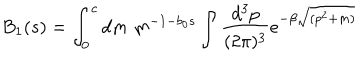
B _ { 1 } ( s ) = \int _ { 0 } ^ { c } d m \; m ^ { - 1 - b _ { 0 } s } \int \frac { d ^ { 3 } p } { ( 2 \pi ) ^ { 3 } } e ^ { - \beta \sqrt { ( p ^ { 2 } + m ) } }